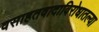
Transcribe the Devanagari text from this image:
वसाहतवादाविरोधातल्या